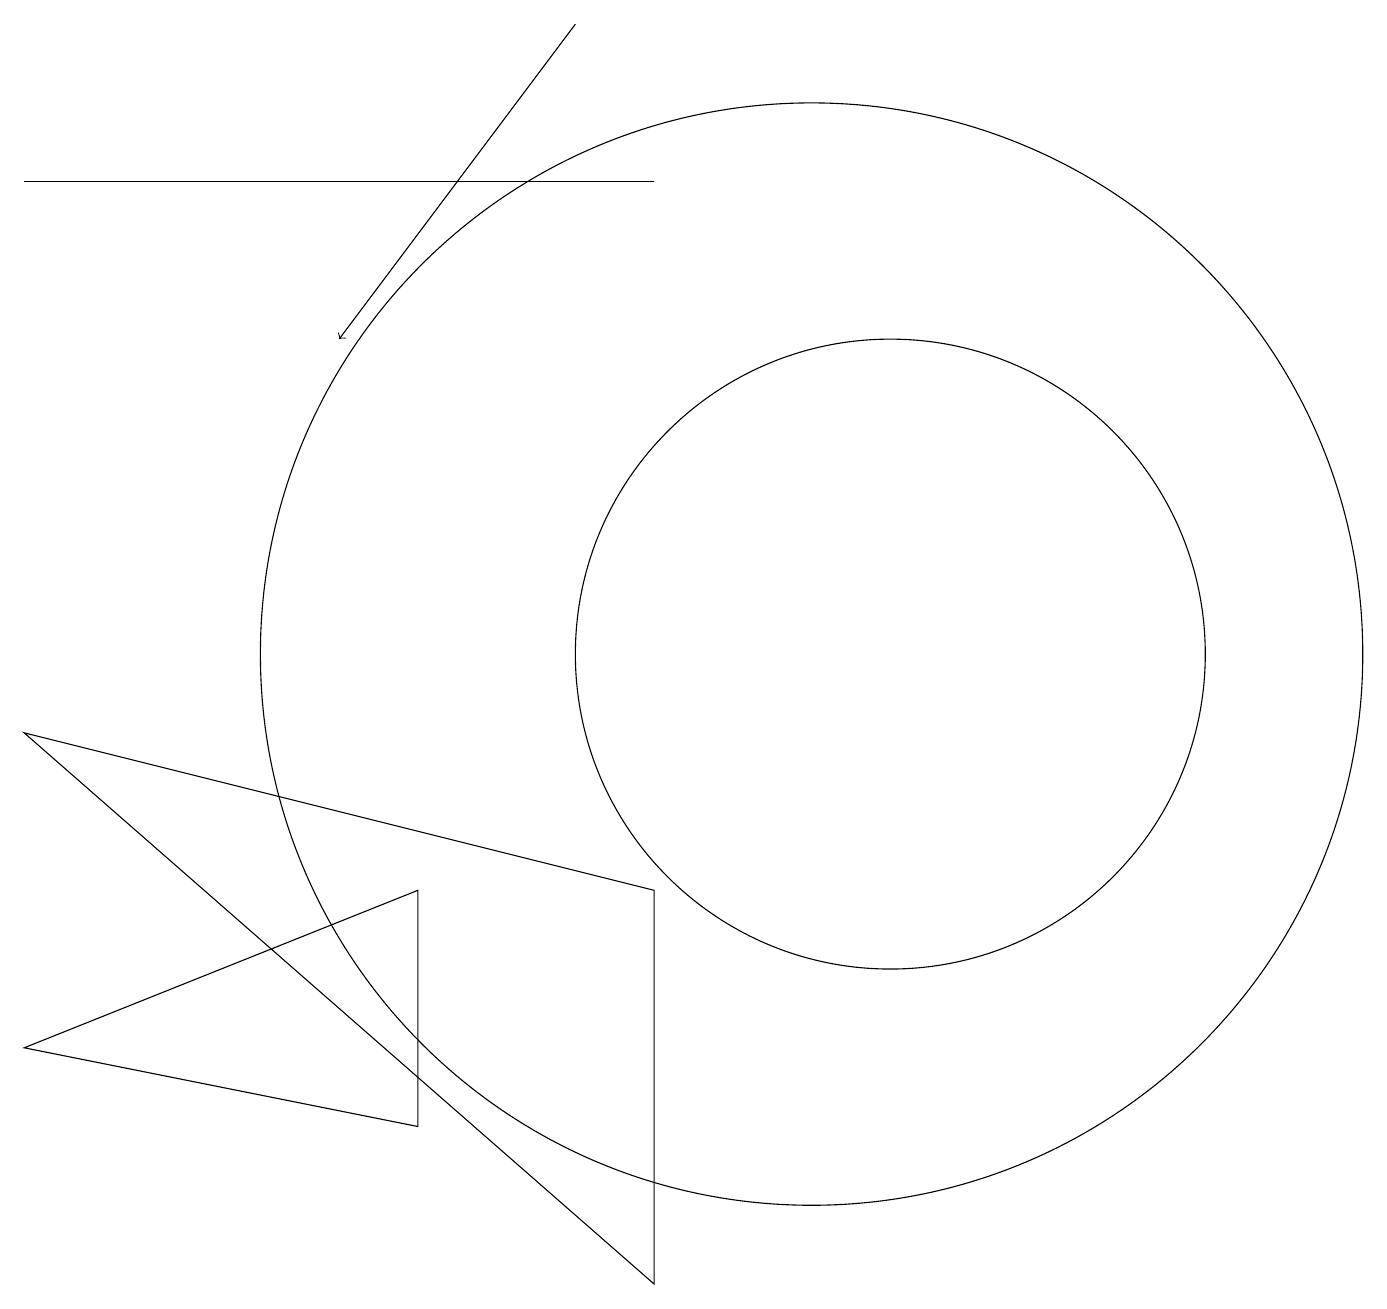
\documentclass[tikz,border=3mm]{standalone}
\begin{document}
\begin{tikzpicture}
\draw (10,10) circle (7);
\draw (11,10) circle (4);
\draw (5,7) -- (0,5) -- (5,4) -- cycle;
\draw (0,16) rectangle (8,16);
\draw (8,2) -- (0,9) -- (8,7) -- cycle;
\draw[->] (7,18) -- (4,14);
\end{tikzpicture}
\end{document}